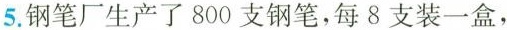
5.钢笔厂生产了800支钢笔，每8支装一盒，